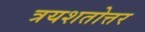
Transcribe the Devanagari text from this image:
त्रयशतोत्तर